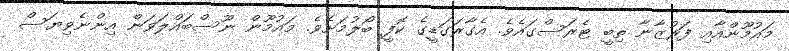
މައުމޫންއާއި ފަރުޒާނާ ތިބީ ޓެރަސްގައެވެ. އެގާރަގަޑީގެ ކޮފީ ބޯލުމަށެވެ. މައުމޫން ނޫސްބައްލަވަން އިންނެވިޔަސް